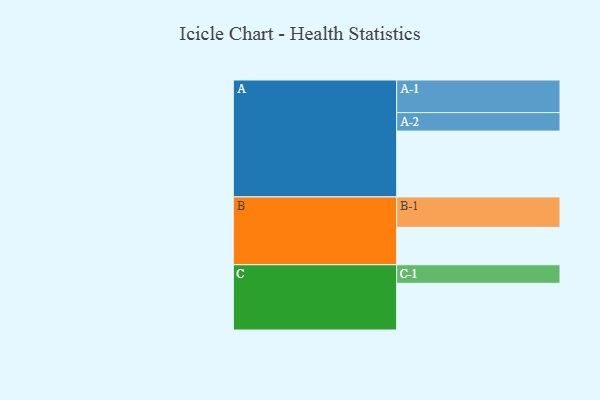
{"axis": {"x": "Segment", "y": "Value"}, "legend": ["", "A", "B", "C"], "data": [{"x": "A", "y": 539, "type": ""}, {"x": "B", "y": 306, "type": ""}, {"x": "C", "y": 382, "type": ""}, {"x": "A-1", "y": 267, "type": "A"}, {"x": "A-2", "y": 151, "type": "A"}, {"x": "B-1", "y": 249, "type": "B"}, {"x": "C-1", "y": 152, "type": "C"}]}